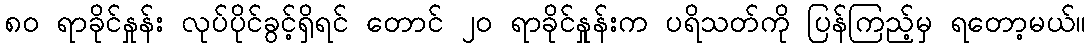
၈၀ ရာခိုင်နှုန်း လုပ်ပိုင်ခွင့်ရှိရင် တောင် ၂၀ ရာခိုင်နှုန်းက ပရိသတ်ကို ပြန်ကြည့်မှ ရတော့မယ်။